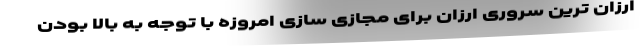
ارزان ترین سروری ارزان برای مجازی سازی امروزه با توجه به بالا بودن